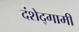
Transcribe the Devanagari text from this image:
दंशेद्गामी